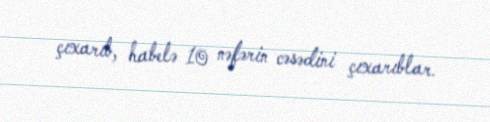
çıxarıb, habelə 10 nəfərin cəsədini çıxarıblar.